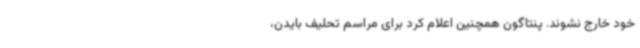
خود خارج نشوند. پنتاگون همچنین اعلام کرد برای مراسم تحلیف بایدن،